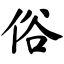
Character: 俗